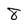
Character: 8